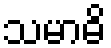
သမာဓိ